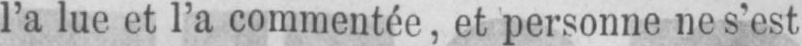
l’a lue et l’a commentée, et personne ne s’est